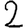
Digit: 2